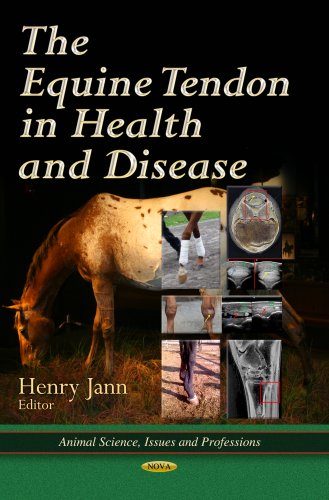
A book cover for The Equine Tendon in Health and Disease (Animal Science, Issues and Professions); Medical Books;